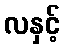
လနှင့်